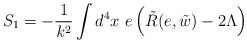
\begin{align*}S_1 = - \frac{1}{{\it k}^2} \int d^4 x~ e\left( \tilde R(e, \tilde w) - 2 \Lambda \right)\end{align*}